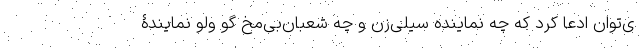
ی‌توان ادعا کرد که چه نماینده سیلی‌زن و چه شعبان‌بی‌مخ گو ولو نمایندۀ